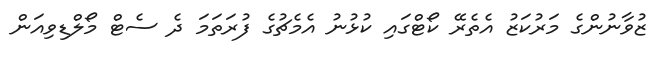
ޒުވާނުންގެ މަރުކަޒު އެތެރޭ ކޯޓްގައި ކުޅުނު އެމެޗުގެ ފުރަތަމަ ދެ ސެޓް މޯލްޑިވިއަން